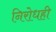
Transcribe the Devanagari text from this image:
निरोधही